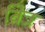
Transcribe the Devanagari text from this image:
वित्र